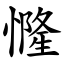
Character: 㦕